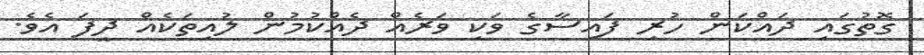
ގޮތުގައި ދައްކަން ހުރި ފައިސާގެ ވަކި ވަރެއް ދެއްކުމުން ލުއިތަކެއް ދީފަ އެވެ.